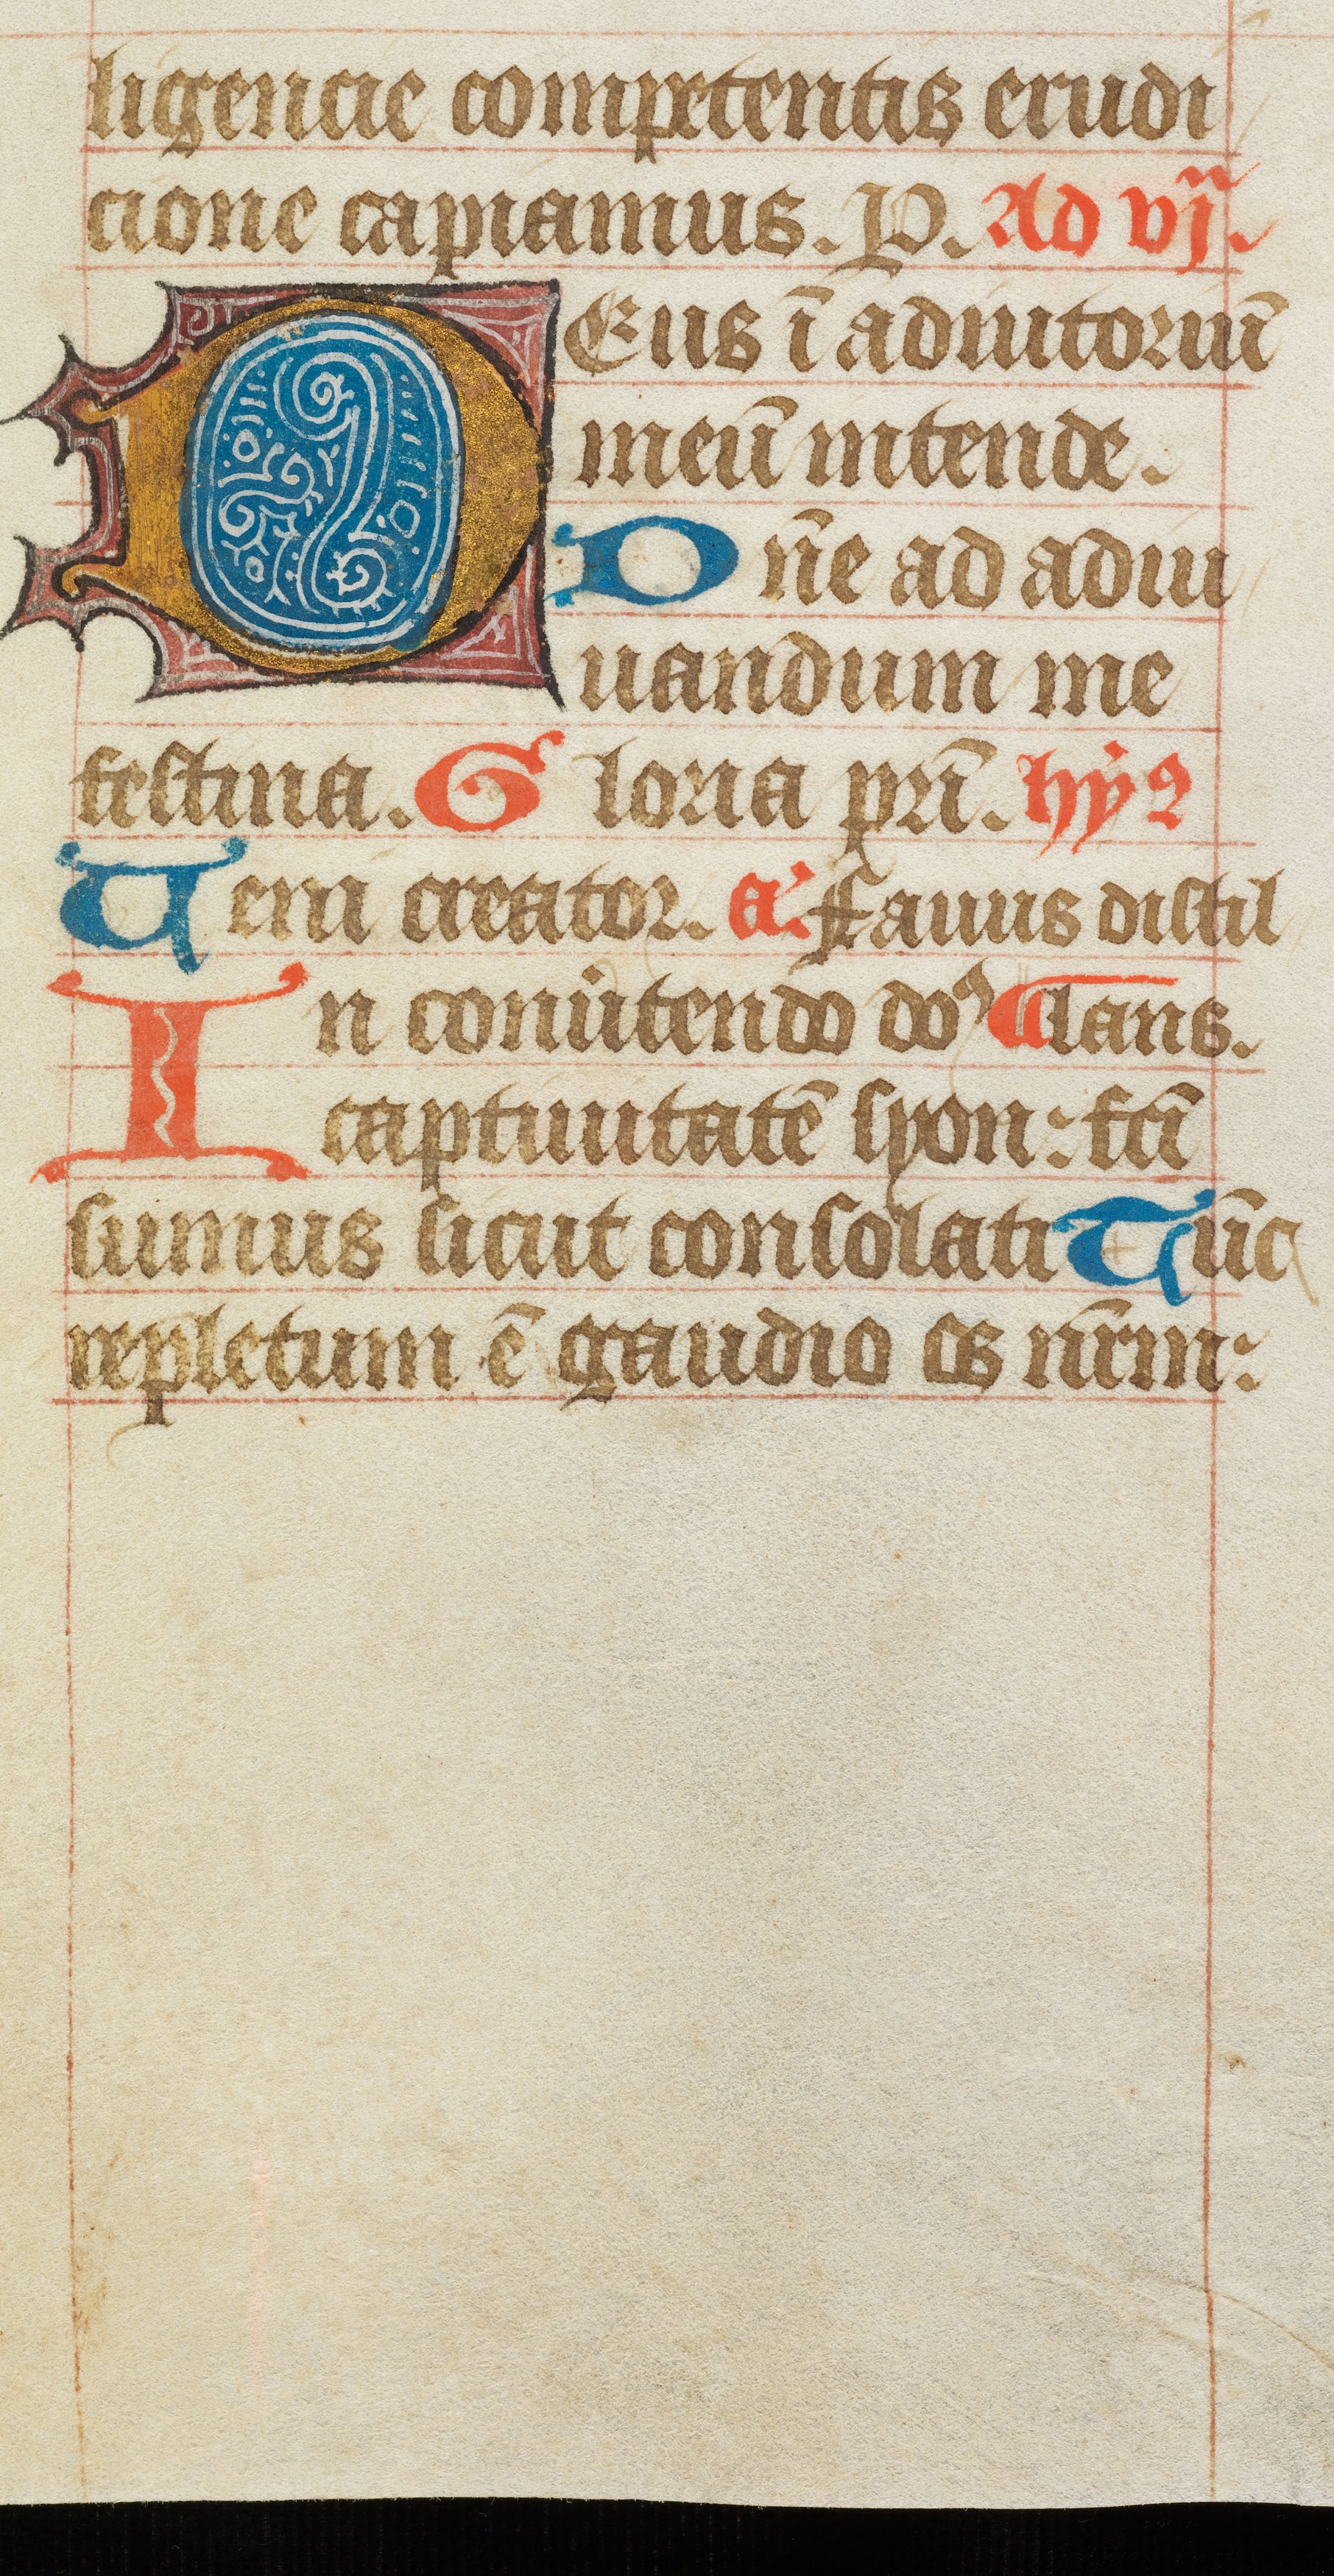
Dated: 1400–1415